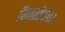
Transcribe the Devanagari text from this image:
किमतीपेक्षा